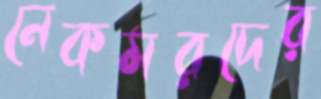
নেকমরদের